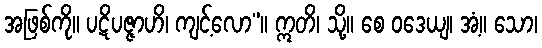
အဖြစ်ကို။ ပဋိပဇ္ဇာဟိ၊ ကျင့်လော”။ ဣတိ၊ သို့။ စေ ဝဒေယျ၊ အံ့။ သော၊